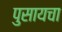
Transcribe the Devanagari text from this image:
पुसायचा